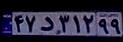
۴۷د۳۱۲۹۹